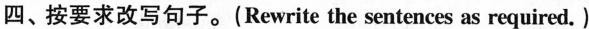
四、按要求改写句子.(Rewrite the sentences as required.